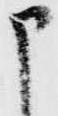
申